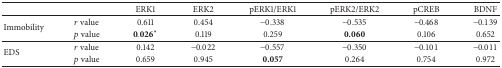
<table><thead><tr><td></td><td><b> </b></td><td><b>ERK1</b></td><td><b>ERK2</b></td><td><b>pERK1/ERK1</b></td><td><b>pERK2/ERK2</b></td><td><b>pCREB</b></td><td><b>BDNF</b></td></tr></thead><tbody><tr><td rowspan="2">Immobility</td><td><i>r</i> value</td><td>0.611</td><td>0.454</td><td>−0.338</td><td>−0.535</td><td>−0.468</td><td>−0.139</td></tr><tr><td><i>p</i> value</td><td>0.026<sup><i>∗</i></sup></td><td>0.119</td><td>0.259</td><td><b>0.060</b></td><td>0.106</td><td>0.652</td></tr><tr><td rowspan="2">EDS</td><td><i>r</i> value</td><td>0.142</td><td>−0.022</td><td>−0.557</td><td>−0.350</td><td>−0.101</td><td>−0.011</td></tr><tr><td><i>p</i> value</td><td>0.659</td><td>0.945</td><td><b>0.057</b></td><td>0.264</td><td>0.754</td><td>0.972</td></tr></tbody></table>